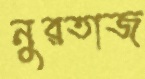
নুরতাজ